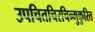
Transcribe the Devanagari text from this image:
उपचितचिरचिन्मुकुरित